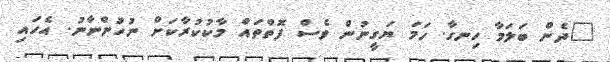
"ދެން ބަލަމާ ހިނގާ. ހަމަ ޔަގީނުން ވެސް ފޮތްތައް މާކުކުރާކަށް ނުހުންނާނު. އެހައި